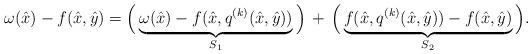
LaTeX: \begin{align*}\omega(\hat{x}) - f(\hat{x}, \hat{y})= \Big( \underbrace{\omega(\hat{x}) - f ( \hat{x}, q^{(k)}(\hat{x}, \hat{y}) )}_{S_1} \Big) \,+ \, \Big(\underbrace{ f( \hat{x}, q^{(k)}(\hat{x}, \hat{y}) ) - f(\hat{x}, \hat{y})}_{S_2} \Big).\end{align*}